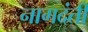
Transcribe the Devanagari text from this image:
नागदंती